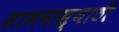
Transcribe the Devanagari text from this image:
सामनास्याठी